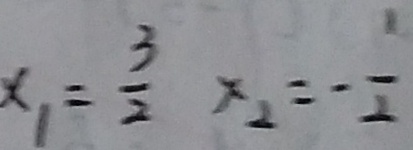
x _ { 1 } = \frac { 3 } { 2 } x _ { 2 } = - \frac { 1 } { 2 }